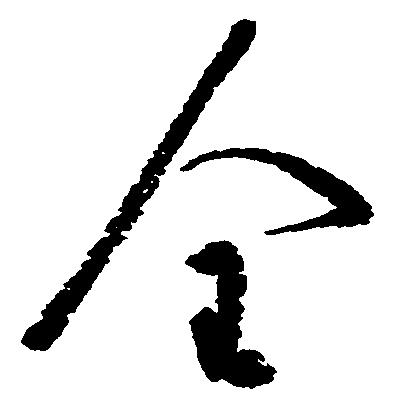
全